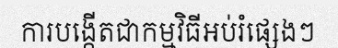
ការបង្កើតជាកម្មវិធីអប់រំផ្សេងៗ